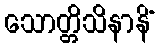
သောတ္တိသိနာနိံ